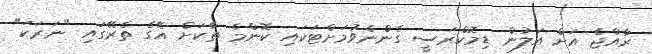
ރާއްޖެ އަށް އަލުން ޑިމޮކްރަސީ ގެންނެވުމަށްޓަކައި ކޮންމެ ތާކަށް އޭގެ ތެރޭގައި "ނަރަކަ"